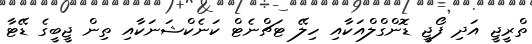
ތްރީޖީ އަދި ފޯޖީ ޑޮންގްލްއަކާއި ހިލޭ ޓަޗްނެޓް ކަނެކްޝަނަކާއި ތިން ޖީބީގެ ޑޭޓާ